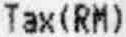
TAX(RM)